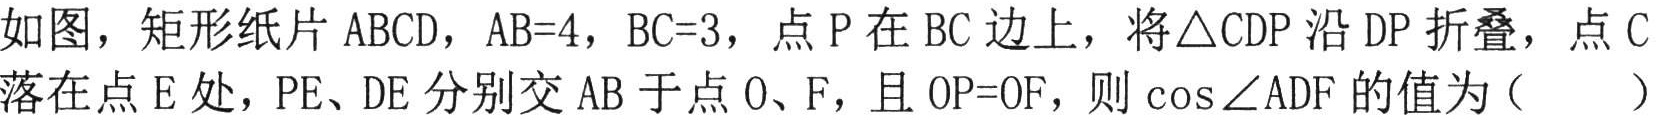
如图，矩形纸片 \(ABCD\)，\(AB = 4\)，\(BC = 3\)，点 \(P\) 在 \(BC\) 边上，将\(\triangle CDP\) 沿 \(DP\) 折叠，点 \(C\) 落在点 \(E\) 处，\(PE\)、\(DE\) 分别交 \(AB\) 于点 \(O\)、\(F\)，且 \(OP = OF\)，则 \(\cos\angle ADF\) 的值为（  ）